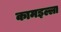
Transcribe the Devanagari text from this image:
कामइल्ला